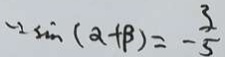
- 2 \sin ( \alpha + \beta ) = - \frac { 3 } { 5 }